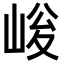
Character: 𡹀